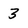
Character: 3